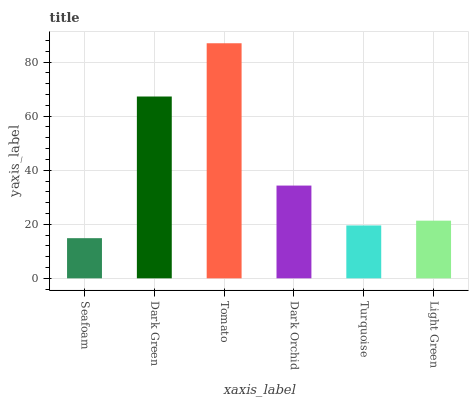
| xaxis_label | bars |
 | --- | --- |
 | Seafoam | 14.9 |
 | Dark Green | 67.3 |
 | Tomato | 86.9 |
 | Dark Orchid | 34.3 |
 | Turquoise | 19.6 |
 | Light Green | 21.3 |